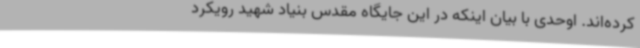
کرده‌اند. اوحدی با بیان اینکه در این جایگاه مقدس بنیاد شهید رویکرد